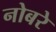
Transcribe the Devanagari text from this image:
नोबरे